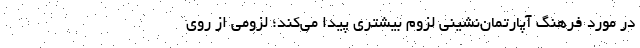
در مورد فرهنگ آپارتمان‌نشینی لزوم بیشتری پیدا می‌کند؛ لزومی از روی